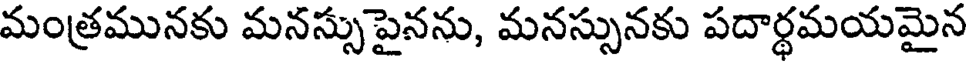
మంత్రమునకు మనస్సుపైనను, మనస్సునకు పదార్థమయమైన